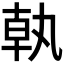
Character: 𪟵